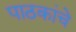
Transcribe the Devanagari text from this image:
पाठकांचे